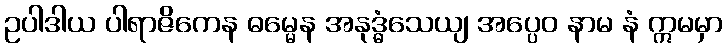
ဥပါဒါယ ပါရာဇိကေန ဓမ္မေန အနုဒ္ဓံသေယျ အပ္ပေဝ နာမ နံ ဣမမှာ